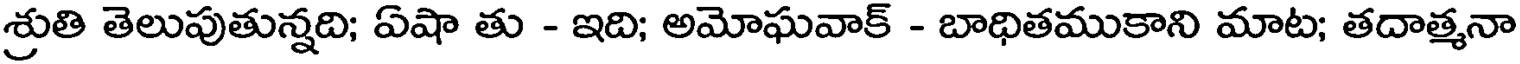
శ్రుతి తెలుపుతున్నది; ఏషా తు - ఇది; అమోఘవాక్ - బాధితముకాని మాట; తదాత్మనా